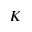
K